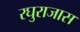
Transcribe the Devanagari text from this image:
रघुराजास